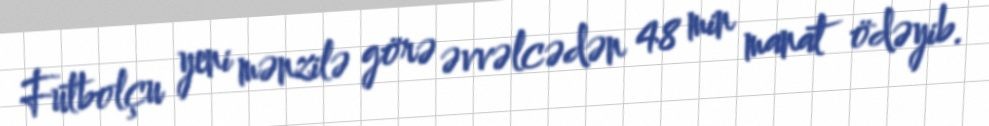
Futbolçu yeni mənzilə görə əvvəlcədən 48 min manat ödəyib.